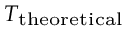
\scriptstyle T _ { \mathrm { t h e o r e t i c a l } }